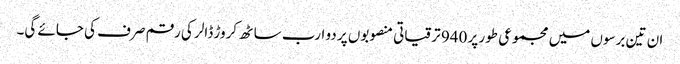
ان تین برسوں میں مجموعی طور پر 940 ترقیاتی منصوبوں پر دو ارب ساٹھ کروڑ ڈالر کی رقم صرف کی جائے گی۔